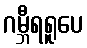
ဂမ္ဘီရရူပေ